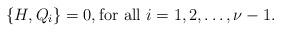
LaTeX: \begin{align*}\{H,Q_i\}=0,\hbox{for all\ }i=1,2,\ldots,\nu-1.\end{align*}